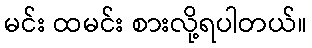
မင်း ထမင်း စားလို့ရပါတယ်။